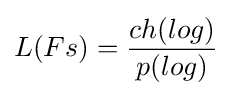
L(Fs)={\frac {ch(log)}{p(log)}}